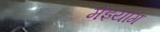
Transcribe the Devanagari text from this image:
मेइयांग